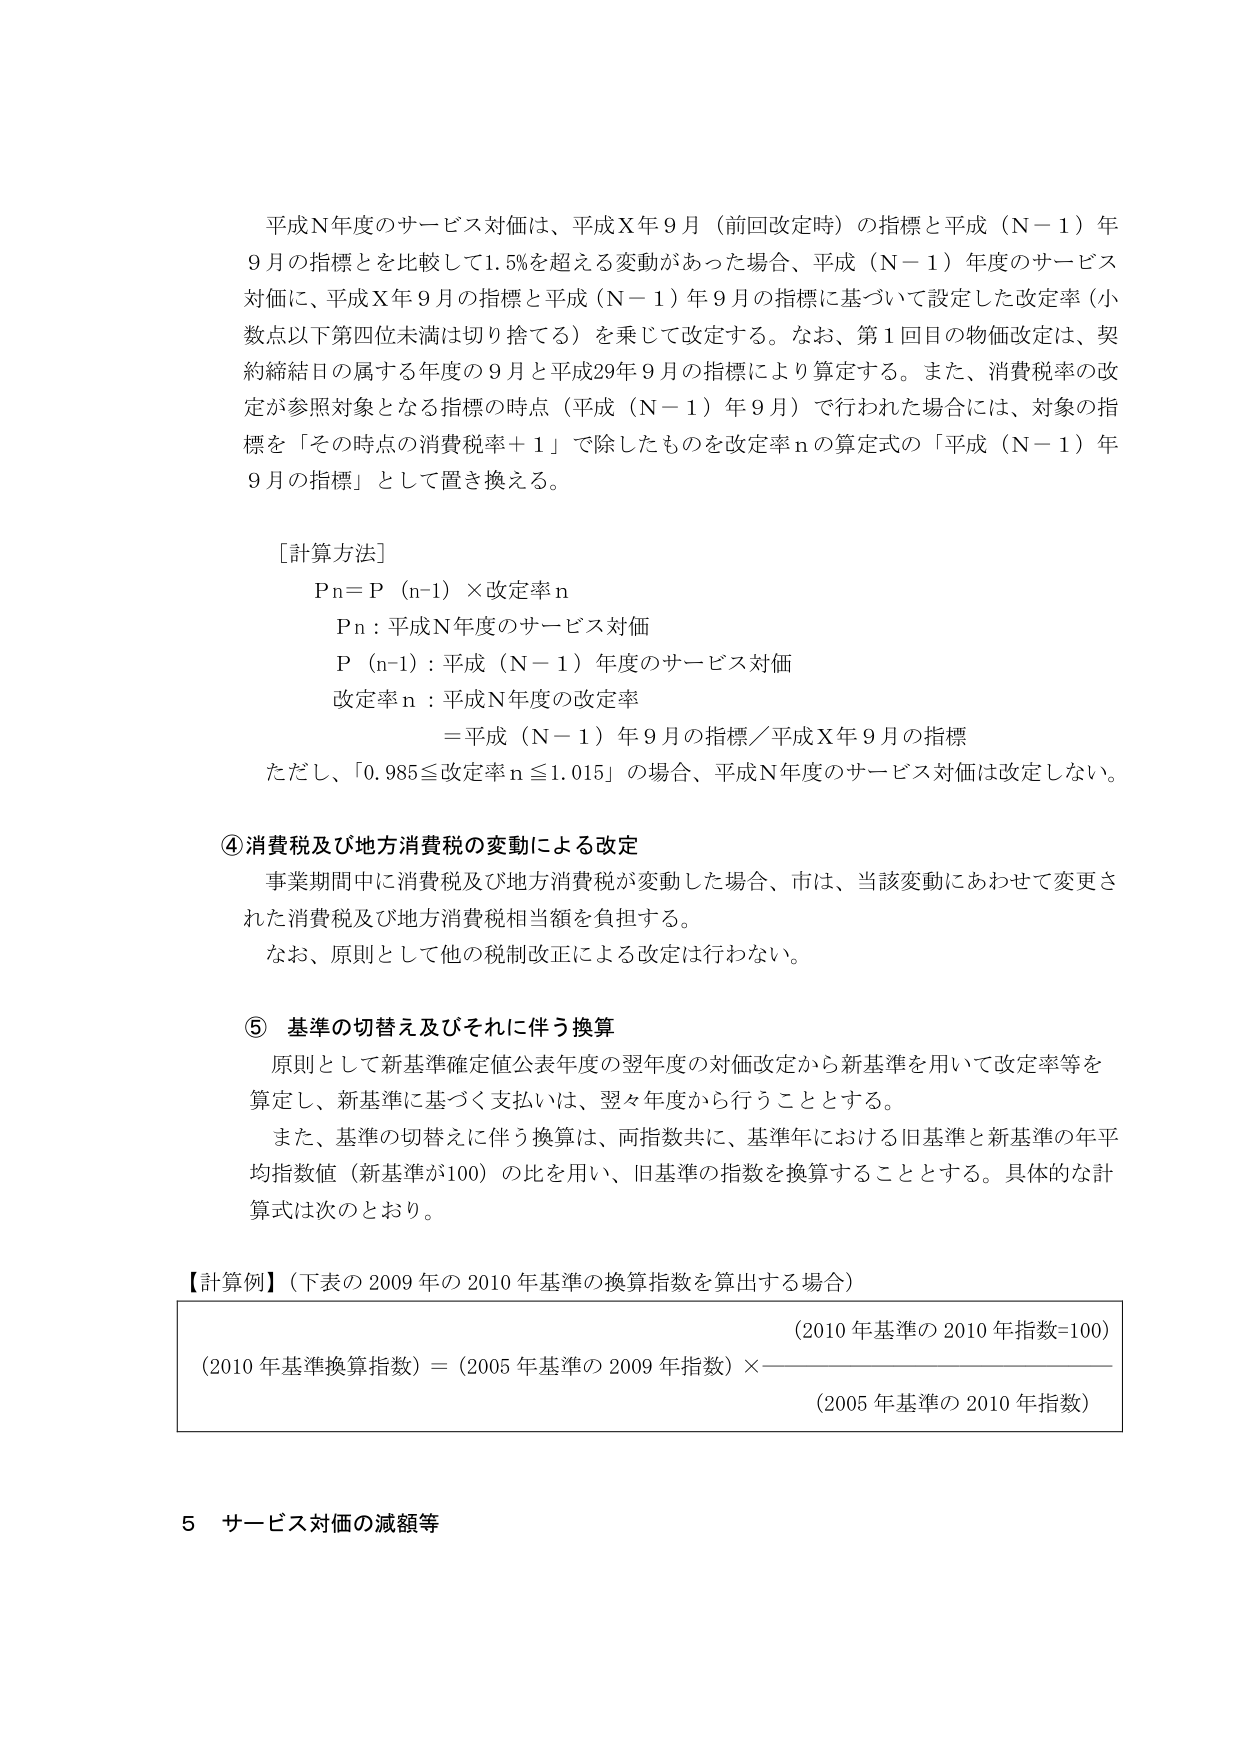
平成N年度のサービス対価は、平成X年9月（前回改定時）の指標と平成（N－1）年9月の指標を比較して1.5％を超える変動があった場合、平成（N－1）年度のサービス対価に、平成X年9月の指標と平成（N－1）年9月の指標に基づいて設定した改定率（小数点以下第四位未満は切り捨てる）を乗じて改定する。なお、第1回目の物価改定は、契約締結日の属する年度の9月と平成29年9月の指標により算定する。また、消費税率の改定が参照対象となる指標の時点（平成（N－1）年9月）で行われた場合には、対象の指標を「その時点の消費税率＋1」で除したものを改定率nの算定式の「平成（N－1）年9月の指標」として置き換える。

［計算方法］
Pn＝P（n-1）×改定率n
Pn：平成N年度のサービス対価
P（n-1）：平成（N－1）年度のサービス対価
改定率n：平成N年度の改定率
＝平成（N－1）年9月の指標／平成X年9月の指標
ただし、「0.985≦改定率n≦1.015」の場合、平成N年度のサービス対価は改定しない。

④消費税及び地方消費税の変動による改定
事業期間中に消費税及び地方消費税が変動した場合、市は、当該変動にあわせて変更された消費税及び地方消費税相当額を負担する。
なお、原則として他の税制改正による改定は行わない。

⑤ 基準の切替え及びそれに伴う換算
原則として新基準確定値公表年度の翌年度の対価改定から新基準を用いて改定率等を算定し、新基準に基づく支払いは、翌々年度から行うこととする。
また、基準の切替えに伴う換算は、両指数共に、基準年における旧基準と新基準の年平均指数値（新基準が100）の比を用い、旧基準の指数を換算することとする。具体的な計算式は次のとおり。

【計算例】（下表の2009年の2010年基準の換算指数を算出する場合）
（2010年基準換算指数）＝（2005年基準の2009年指数）×（2010年基準の2010年指数＝100）／（2005年基準の2010年指数）

5 サービス対価の減額等